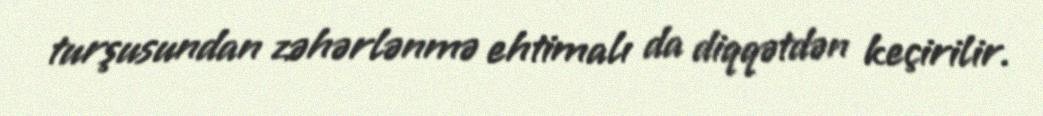
turşusundan zəhərlənmə ehtimalı da diqqətdən keçirilir.